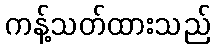
ကန့်သတ်ထားသည်